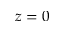
z = 0